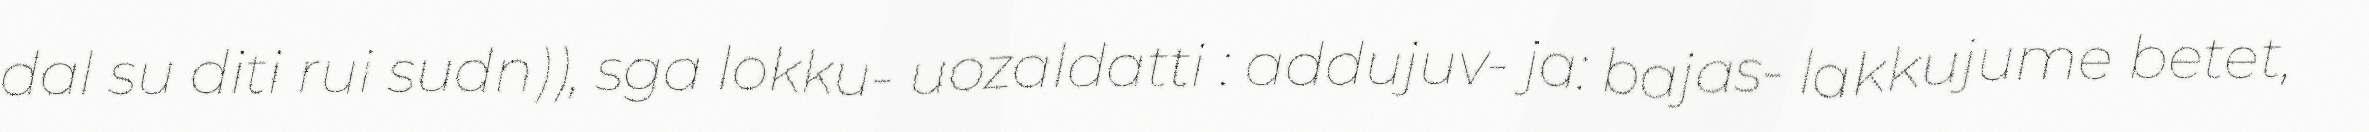
dal su diti rui sudn)), sga lokku- uozaldatti : addujuv- ja: bajas- lakkujume betet,